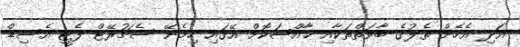
އަދި އެހެން ތެލުގެ ބާވަތްތަކާއި ޚާއްޞަކޮށް އޭގައި ހިމެނޭ ސެޗުރޭޓް ފެޓީ އެސިޑް